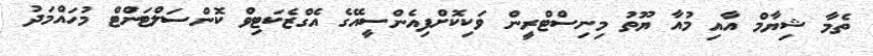
ތެމާ ޝިޔާމް އާއި މުއާ ޔޫތު މިނިސްޓްރީން ވަކިކޮށްފިއެންސީއޭގެ އެގްޒެކަޓިވް ކޮންސަލްޓަންޓް މުހައްމަދު